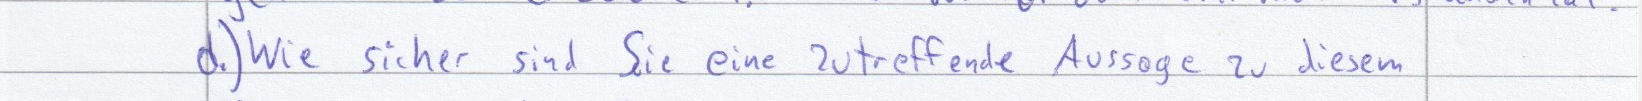
d.) Wie sicher sind Sie eine zutreffende Aussage zu diesem